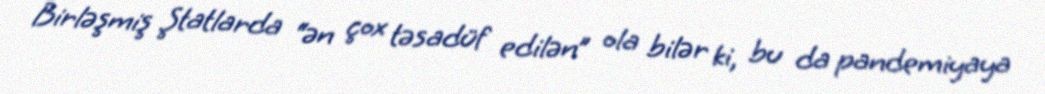
Birləşmiş Ştatlarda “ən çox təsadüf edilən” ola bilər ki, bu da pandemiyaya